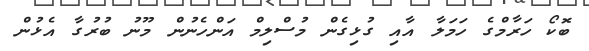
ބޮކޯ ހަރާމްގެ ހަމަލާ އާއި ގުޅިގެން މުސްލިމް އަންހެނުން މޫނު ބުރުގާ އެޅުން